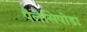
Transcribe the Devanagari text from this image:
पैलेसिपोडा